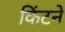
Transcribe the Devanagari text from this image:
किंटने